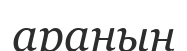
араның